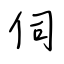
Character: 伺